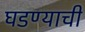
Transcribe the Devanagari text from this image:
घडण्याची